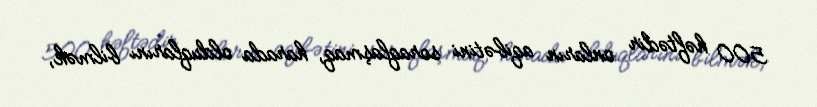
500 həftədir onların aqibətini soraqlaşmaq, harada olduqlarını bilmək,